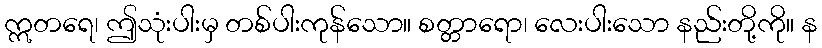
ဣတရေ၊ ဤသုံးပါးမှ တစ်ပါးကုန်သော။ စတ္တာရော၊ လေးပါးသော နည်းတို့ကို။ န